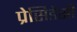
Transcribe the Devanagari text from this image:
प्रेसिडेसी